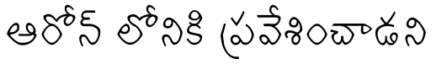
ఆరోన్ లోనికి ప్రవేశించాడని